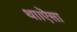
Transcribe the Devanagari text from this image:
था।ऎसा